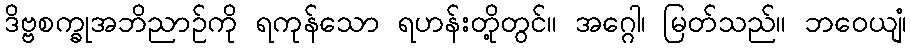
ဒိဗ္ဗစက္ခုအဘိညာဉ်ကို ရကုန်သော ရဟန်းတို့တွင်။ အဂ္ဂေါ၊ မြတ်သည်။ ဘဝေယျံ၊